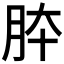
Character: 𦚄